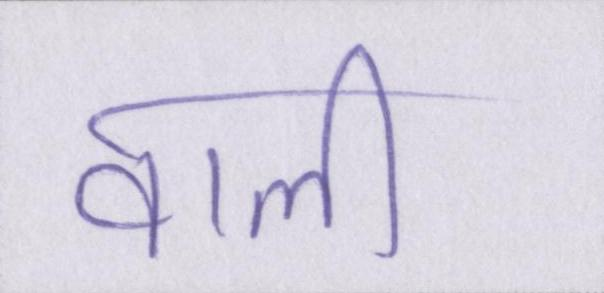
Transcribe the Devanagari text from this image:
वाली